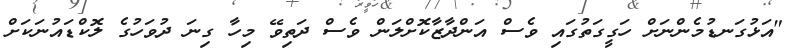
"އަޅުގަނޑުމެންނަށް ހަގީގަތުގައި ވެސް އަންދާޒާކޮށްލަން ވެސް ދަތިވޭ މިހާ ގިނަ ދުވަހުގެ ލޮކްޑައުނަކަށް